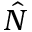
\hat { N }